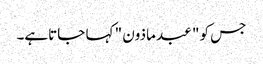
جس کو " عبد ماذون " کہا جاتاہے۔